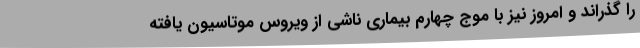
را گذراند و امروز نیز با موج چهارم بیماری ناشی از ویروس موتاسیون یافته